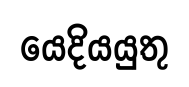
යෙදියයුතු